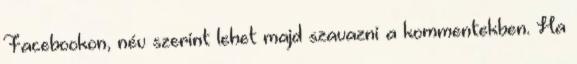
Facebookon, név szerint lehet majd szavazni a kommentekben. Ha